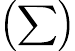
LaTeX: \left(\sum\right)